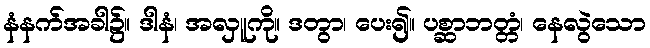
နံနက်အခါ၌။ ဒါနံ၊ အလှူကို။ ဒတွာ၊ ပေး၍။ ပစ္ဆာဘတ္တံ၊ နေလွဲသော